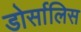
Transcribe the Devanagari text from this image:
डोर्सालिस